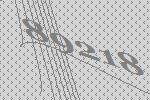
89218